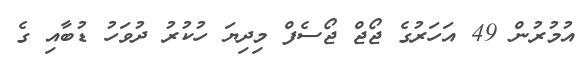
އުމުރުން 49 އަހަރުގެ ޖޯޖް ޖޯސެފް މިދިޔަ ހުކުރު ދުވަހު ޑުބާއި ގެ